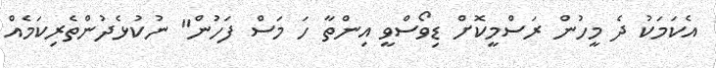
އެކަމަކު ދެ މީހުން ރަސްމީކޮށް ޑިވޯސްވީ އިންތާ ހަ މަސް ފަހުން" ނުކުޅެދުންތެރިކަމެއް